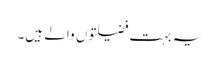
یہ بہت فضیلتوں والے ہیں۔